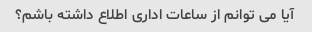
آیا می توانم از ساعات اداری اطلاع داشته باشم؟